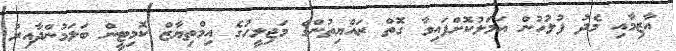
އާޒިމާއި މެދު ފުލުހުން އަމަލުކޮށްފައިވާ ގޮތް ރައްޔިތުންގެ މަޖިލީހުގެ އިމްތިޔާޒް ކޮމިޓީން ބަލަމުންދާއިރު